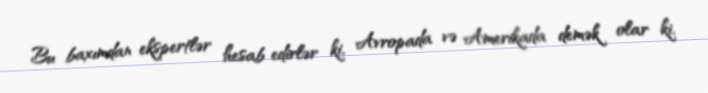
Bu baxımdan ekspertlər hesab edirlər ki, Avropada və Amerikada demək olar ki,